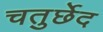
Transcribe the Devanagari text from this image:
चतुर्छेद